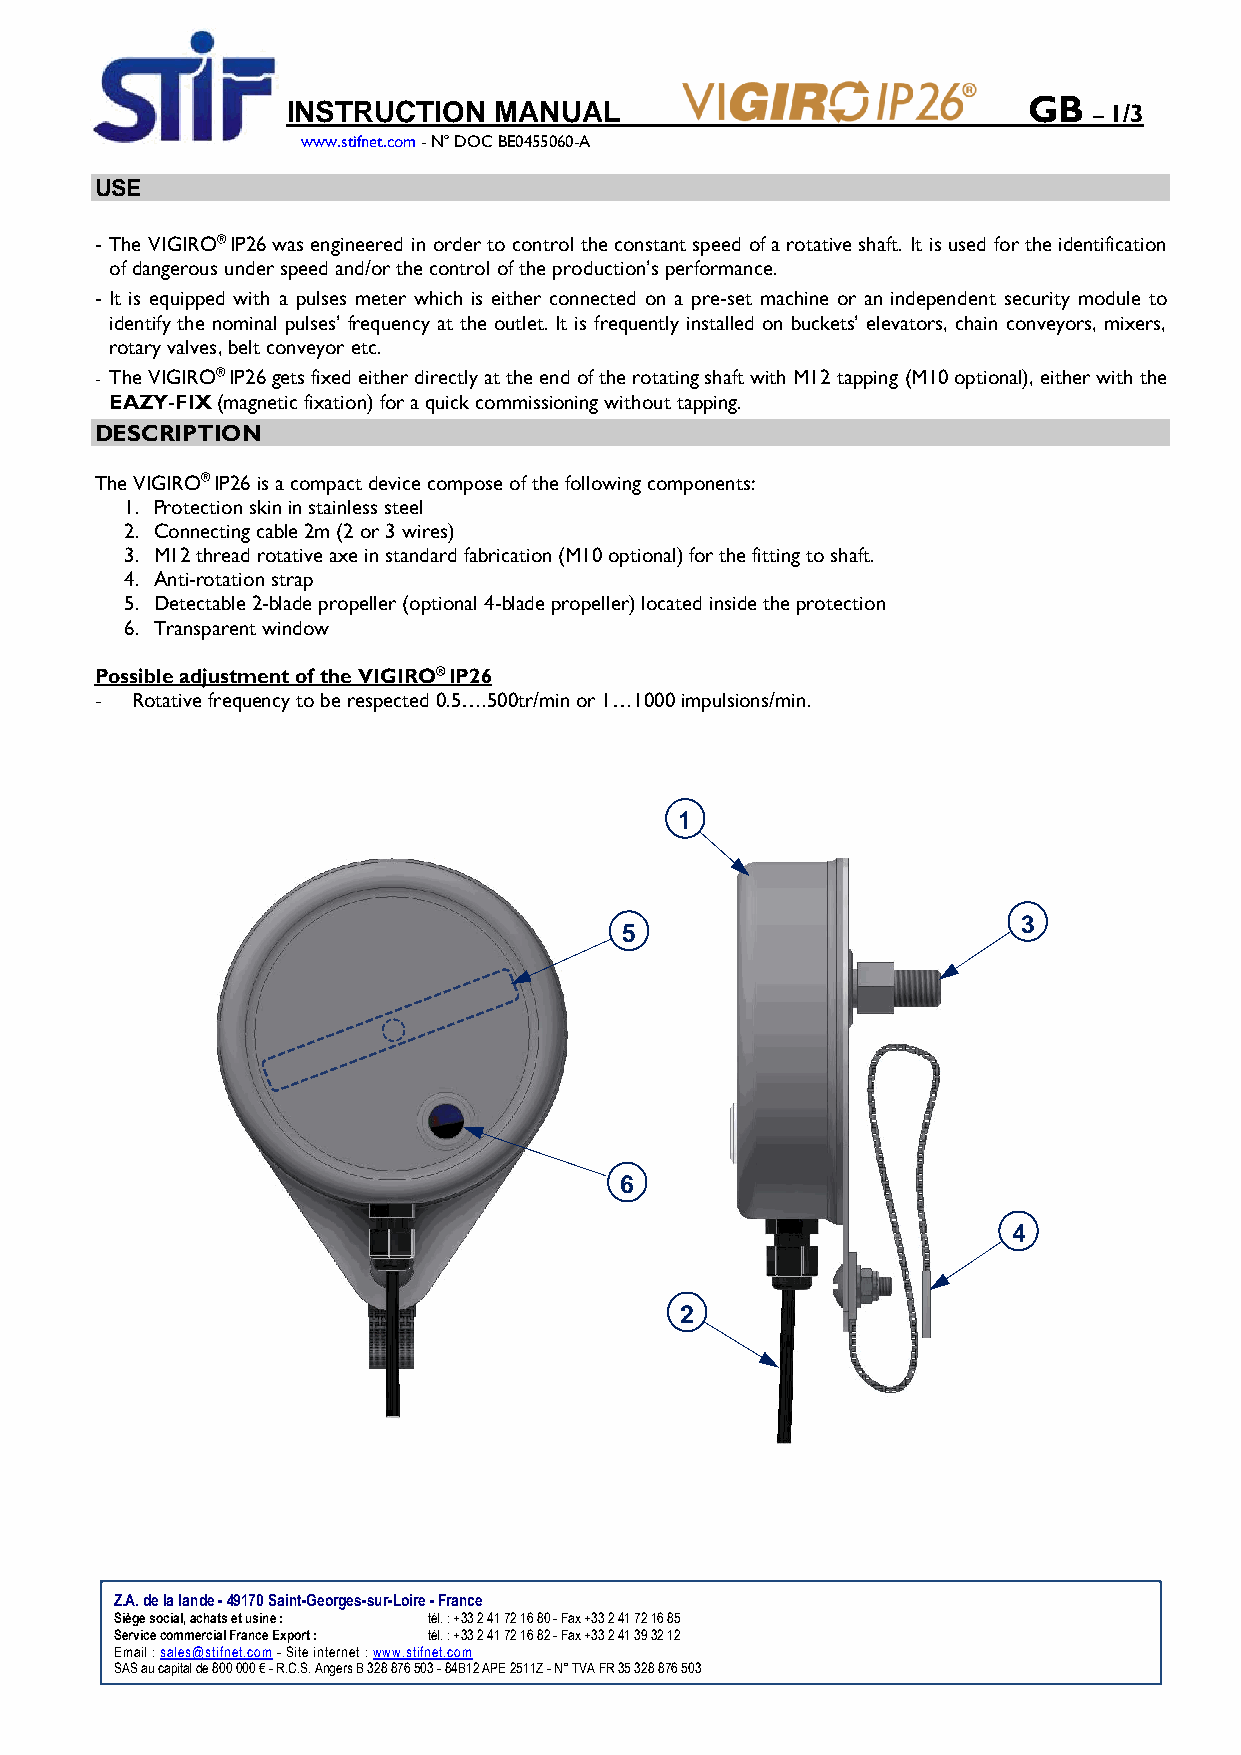
INSTRUCTION   MANUAL                             GB  – 1/3
 www.stifnet.com - N° DOC BE0455060-A
 USE
 - The VIGIRO® IP26 was engineered in order to control the constant speed of a rotative shaft. It is used for the identification
 of dangerous under speed and/or the control of the production’s performance.
 - It is equipped with a pulses meter which is either connected on a pre-set machine or an independent security module to
 identify the nominal pulses’ frequency at the outlet. It is frequently installed on buckets’ elevators, chain conveyors, mixers,
 rotary valves, belt conveyor etc.
 - The VIGIRO® IP26 gets fixed either directly at the end of the rotating shaft with M12 tapping (M10 optional), either with the
 EAZY-FIX (magnetic fixation) for a quick commissioning without tapping.
 DESCRIPTION
 The VIGIRO® IP26 is a compact device compose of the following components:
 1. Protection skin in stainless steel
 2. Connecting cable 2m (2 or 3 wires)
 3. M12 thread rotative axe in standard fabrication (M10 optional) for the fitting to shaft.
 4. Anti-rotation strap
 5. Detectable 2-blade propeller (optional 4-blade propeller) located inside the protection
 6. Transparent window
 Possible adjustment of the VIGIRO® IP26
 -  Rotative frequency to be respected 0.5….500tr/min or 1…1000 impulsions/min.
 1
 3
 5
 6
 4
 2
 Z.A. de la lande - 49170 Saint-Georges-sur-Loire - France
 Siège social, achats et usine : tél. : +33 2 41 72 16 80 - Fax +33 2 41 72 16 85
 Service commercial France Export : tél. : +33 2 41 72 16 82 - Fax +33 2 41 39 32 12
 Email : sales@stifnet.com - Site internet : www.stifnet.com
 SAS au capital de 800 000 € - R.C.S. Angers B 328 876 503 - 84B12 APE 2511Z - N° TVA FR 35 328 876 503